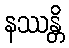
နဿန္တိ